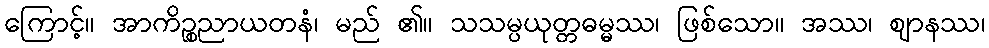
ကြောင့်။ အာကိဉ္စညာယတနံ၊ မည် ၏။ သသမ္ပယုတ္တဓမ္မဿ၊ ဖြစ်သော။ အဿ၊ ဈာနဿ၊